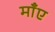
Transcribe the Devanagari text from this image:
माँए